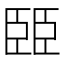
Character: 𦣦